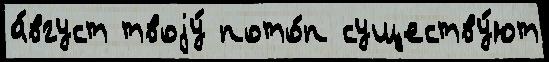
а́вгуст твоjу́ пото́п существу́ют